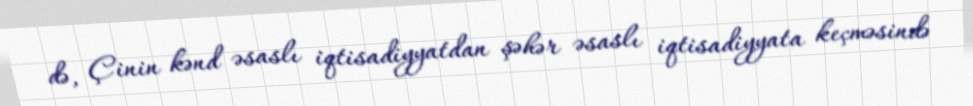
də, Çinin kənd əsaslı iqtisadiyyatdan şəhər əsaslı iqtisadiyyata keçməsində